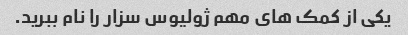
یکی از کمک های مهم ژولیوس سزار را نام ببرید.